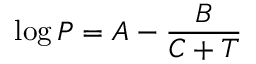
\log P = A - { \frac { B } { C + T } }